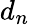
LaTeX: d_{n}